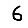
Digit: 6